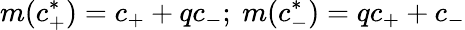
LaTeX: m(c_{+}^{*})=c_{+}+qc_{-};\ m(c_{-}^{*})=qc_{+}+c_{-}